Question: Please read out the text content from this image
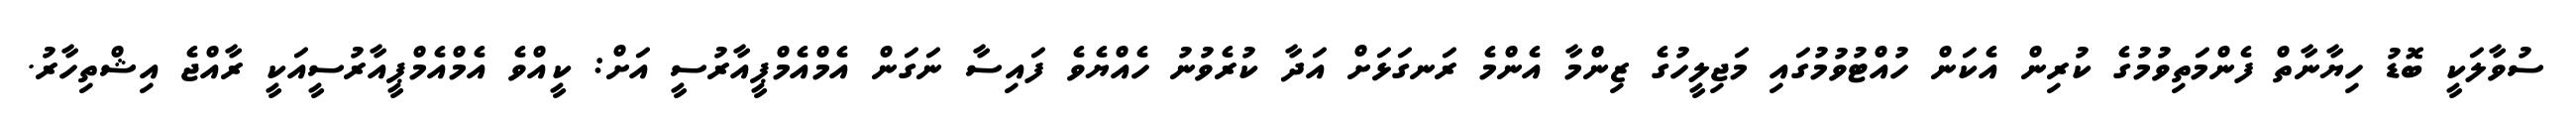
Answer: ސުވާލަކީ ބޮޑު ހިޔާނާތް ފެންމަތިވުމުގެ ކުރިން އެކަން ހުއްޓުވުމުގައި މަޖިލީހުގެ ޒިންމާ އެންމެ ރަނގަޅަށް އަދާ ކުރެވުނު ހެއްޔެވެ ފައިސާ ނަގަން އެމްއެމްޕީއާރުސީ އަށް: ކީއްވެ އެމްއެމްޕީއާރުސީއަކީ ރާއްޖެ އިޝްތިހާރު.